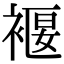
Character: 褗